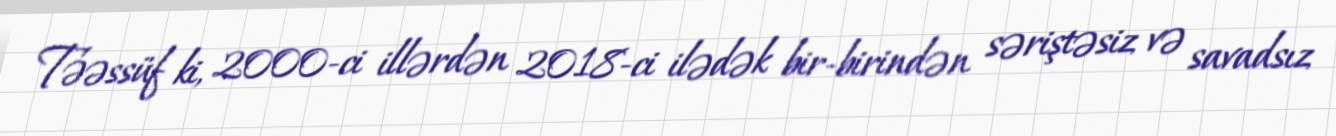
Təəssüf ki, 2000-ci illərdən 2018-ci ilədək bir-birindən səriştəsiz və savadsız